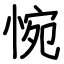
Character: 惋